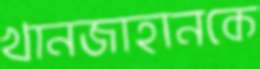
খানজাহানকে